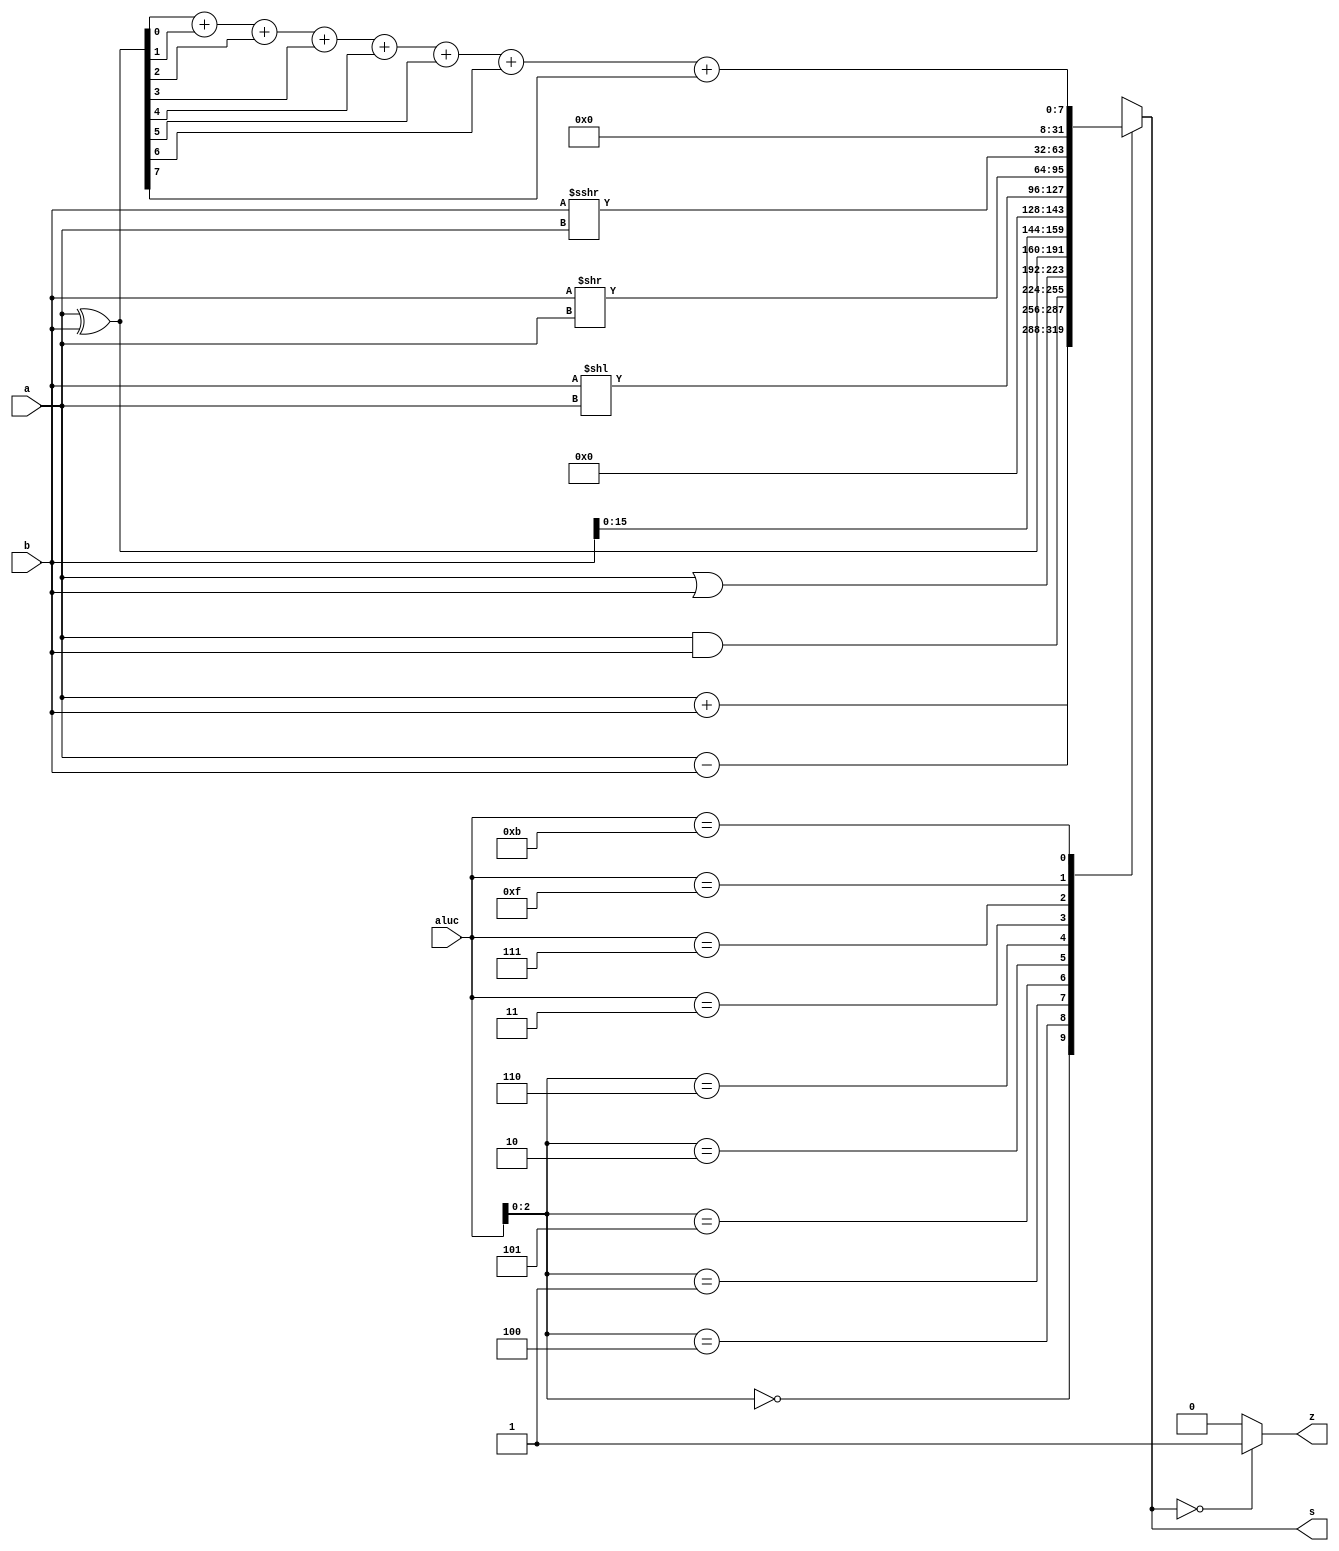
module alu (a,b,aluc,s,z);
   input  [31:0] a,b;
   input  [3:0]  aluc;
   output [31:0] s;
   output        z;
   reg    [31:0] s;
   reg           z;
	wire   [31:0] d;
	assign        d = a ^ b;
   always @ (a or b or aluc) 
      begin                                   // event
         casex (aluc)
             4'bx000: s = a + b;              //x000 ADD
				 4'bx100: s = a - b;              //x100 SUB
             4'bx001: s = a & b;					 //x001 AND
             4'bx101: s = a | b;              //x101 OR
             4'bx010: s = a ^ b;              //x010 XOR
             4'bx110: s = b << 16;		       //x110 LUI: imm << 16bit             
             4'b0011: s = $unsigned(b) << a;  //0011 SLL: rd <- (rt << sa)
             4'b0111: s = $unsigned(b) >> a;  //0111 SRL: rd <- (rt >> sa) (logical)
             4'b1111: s = $signed(b) >>> a;   //1111 SRA: rd <- (rt >> sa) (arithmetic)
				 4'b1011: begin				 //1011 HAMDIS: rd <- count(1, rt ^ rs)
				          s = d[0] + d[1] + d[2] + d[3] + d[4] + d[5] + d[6] + d[7];
				          end
             default: s = 0;
         endcase
         if (s == 0 )  z = 1;
            else z = 0;         
      end      
endmodule